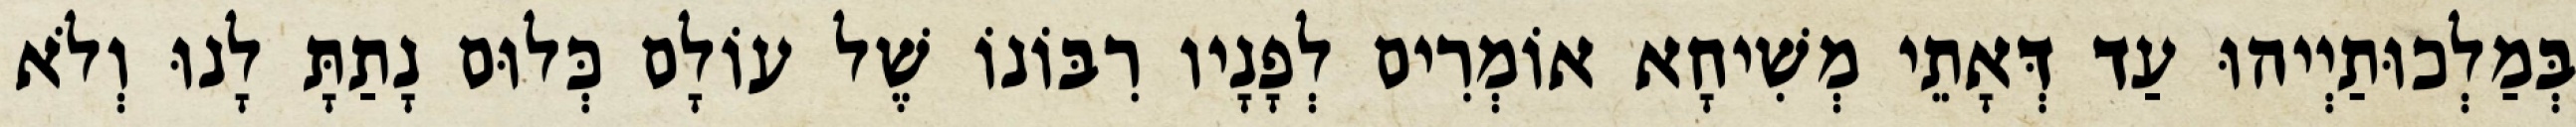
בְּמַלְכוּתַיְיהוּ עַד דְּאָתֵי מְשִׁיחָא אוֹמְרִים לְפָנָיו רִבּוֹנוֹ שֶׁל עוֹלָם כְּלוּם נָתַתָּ לָנוּ וְלֹא